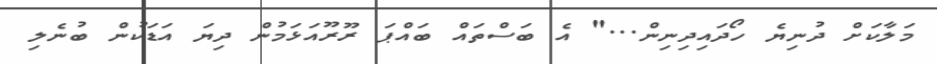
މަލާކަށް ދުނިޔެ ހޯދައިދިނިން..." އެ ބަސްތައް ބައްޕަ ރޫރޫއަޅަމުން ދިޔަ އަޑަކުން ބުނެލި